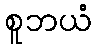
စူဘယံ